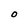
Character: O